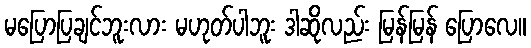
မပြောပြချင်ဘူးလား မဟုတ်ပါဘူး ဒါဆိုလည်း မြန်မြန် ပြောလေ။